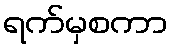
ရက်မှစကာ